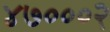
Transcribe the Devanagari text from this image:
४७०००२